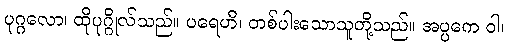
ပုဂ္ဂလော၊ ထိုပုဂ္ဂိုလ်သည်။ ပရေဟိ၊ တစ်ပါးသောသူတို့သည်။ အပ္ပကေ ဝါ၊